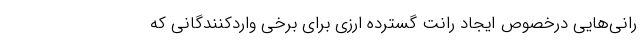
رانی‌هایی درخصوص ایجاد رانت گسترده ارزی برای برخی واردکنندگانی که